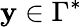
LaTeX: \mathbf{y}\in\Gamma^{*}